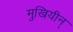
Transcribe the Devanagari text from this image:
मुखियीन्